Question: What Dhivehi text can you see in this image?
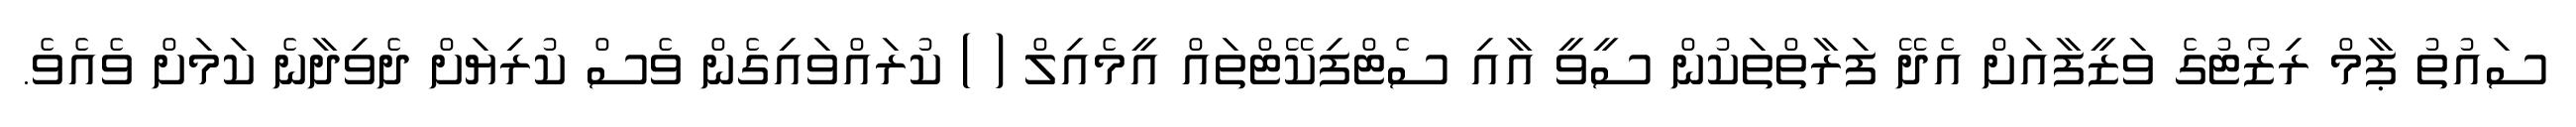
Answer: ސައުތު ޕާމް ރިޒޯޓުގެ ވަޒީފާއަށް އެދޭ ފަރާތްތަކުން ސީވީ އާއި ސެޓްފިކޭޓްތައް އީމެއިލް ( ) ކުރައްވައިގެން ވެސް ކުރިޔަށް ދެވިދާނެ ކަމަށް ވެއެވެ.